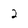
Character: 2